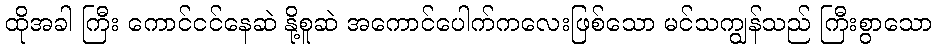
ထိုအခါ ကြီး ကောင်ငင်နေဆဲ နို့စူဆဲ အကောင်ပေါက်ကလေးဖြစ်သော မင်သကျွန်သည် ကြီးစွာသော